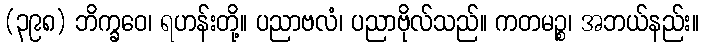
(၃၉၈) ဘိက္ခဝေ၊ ရဟန်းတို့။ ပညာဗလံ၊ ပညာဗိုလ်သည်။ ကတမဉ္စ၊ အဘယ်နည်း။